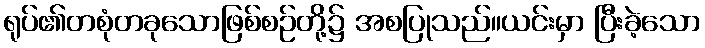
ရုပ်၏တစုံတခုသောဖြစ်စဉ်တို့၌ အစပြုသည်။ယင်းမှာ ပြီးခဲ့သော